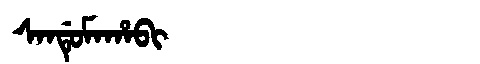
Manchu: ᠰᠠᠨᡩᡠᠮᠠᡥᠠᠪᡳ
Romanization: SANDUMAHABI